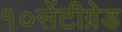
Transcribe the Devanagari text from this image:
१०सेंटीग्रेड